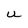
Character: U